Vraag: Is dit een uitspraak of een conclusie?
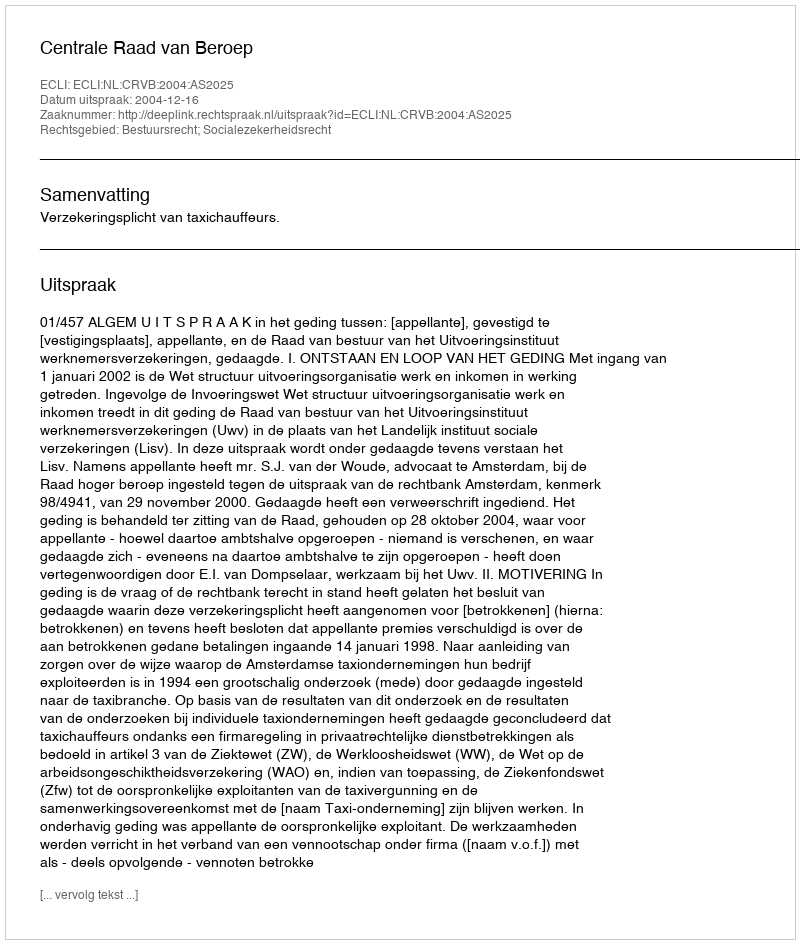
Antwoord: Uitspraak